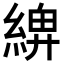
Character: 𦂖